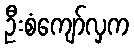
ဦးစံကျော်လှက